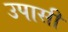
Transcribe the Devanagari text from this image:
उपासी